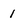
Character: 1